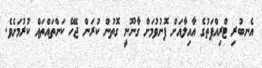
އެނބުރި ޓްރިއްޕަތުގެ އާއިލާއަށް ފޮނުވުމަށް ގާނޫނީ ގޮތުން ކުރަން ޖެހޭ ކަންތައްތައް ކުރުމަށެވެ.